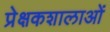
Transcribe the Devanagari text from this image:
प्रेक्षकशालाओं